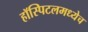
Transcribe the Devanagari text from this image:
हॉस्पिटलमध्येच